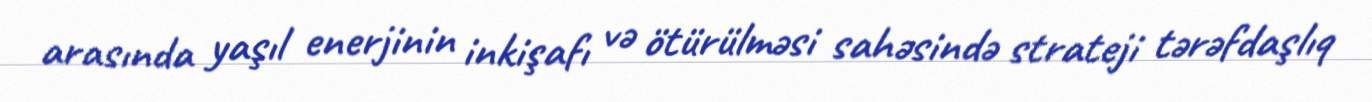
arasında yaşıl enerjinin inkişafı və ötürülməsi sahəsində strateji tərəfdaşlıq